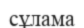
сұлама